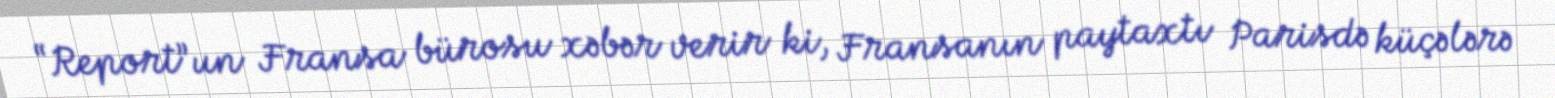
“Report”un Fransa bürosu xəbər verir ki, Fransanın paytaxtı Parisdə küçələrə